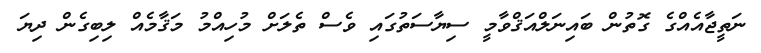
ނަތީޖާއެއްގެ ގޮތުން ބައިނަލްއަޤްވާމީ ސިޔާސަތުގައި ވެސް ތެލަށް މުހިއްމު މަޤާމެއް ލިބިގެން ދިޔަ